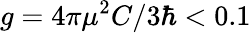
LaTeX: g=4\pi\mu^{2}C/3\hbar<0.1